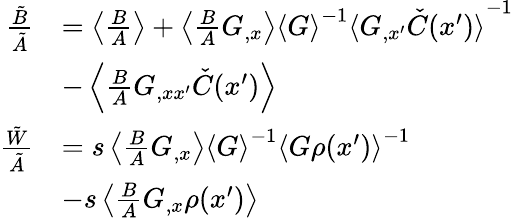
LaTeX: \begin{array}{rl}{\frac{\tilde{B}}{\tilde{A}}}&{=\left\langle{\frac{B}{A}}\right\rangle+\left\langle{\frac{B}{A}G_{,x}}\right\rangle{\langle G\rangle}^{-1}{\langle G_{,x^{\prime}}\check{C}(x^{\prime})\rangle}^{-1}}\\ &{-\left\langle{\frac{B}{A}G_{,xx^{\prime}}\check{C}(x^{\prime})}\right\rangle}\\ {\frac{\tilde{W}}{\tilde{A}}}&{=s\left\langle{\frac{B}{A}G_{,x}}\right\rangle{\langle G\rangle}^{-1}{\langle G\rho(x^{\prime})\rangle}^{-1}}\\ &{-s\left\langle{\frac{B}{A}G_{,x}\rho(x^{\prime})}\right\rangle}\end{array}